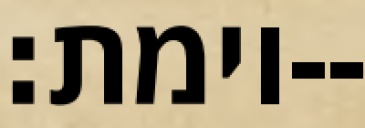
וימת׃--